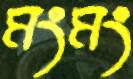
মংমং